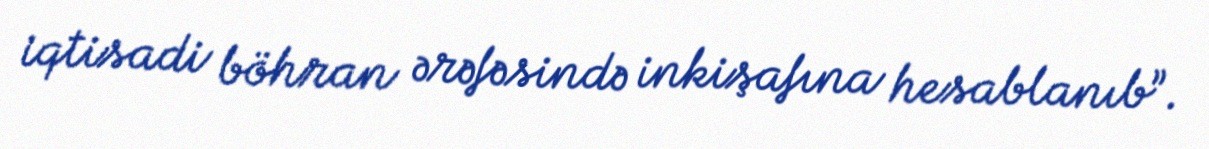
iqtisadi böhran ərəfəsində inkişafına hesablanıb”.